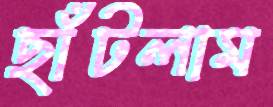
ছাঁটলাম